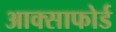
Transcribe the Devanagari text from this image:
आक्साफोर्ड